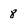
Character: 8